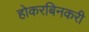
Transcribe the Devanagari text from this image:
होकरबिनकरी